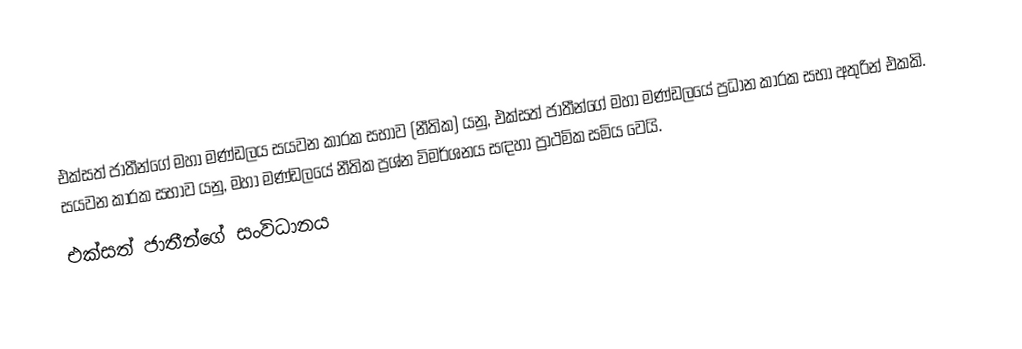
එක්සත් ජාතීන්ගේ මහා මණ්ඩලය සයවන කාරක සභාව (නීතික) යනු,  එක්සත් ජාතීන්ගේ මහා මණ්ඩලයේ ප්‍රධාන කාරක සභා අතුරින් එකකි. සයවන කාරක සභාව යනු, මහා මණ්ඩලයේ නීතික ප්‍රශ්න විමර්ශනය සඳහා ප්‍රාථමික සමිය වෙයි.
එක්සත් ජාතීන්ගේ සංවිධානය